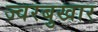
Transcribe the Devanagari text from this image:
ज्वरबुखार